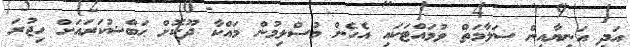
އަދި އަނިޔާއިން ސަލާމަތް ވުމައްޓަކައި އެހެން މުސްލިމުން މައްކާ ދޫކޮށް ޙަބްޝުކަރައަށް ހިޖުރަ